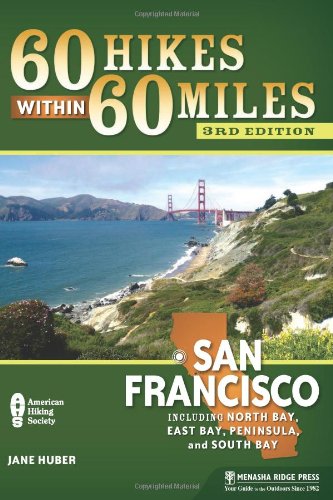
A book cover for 60 Hikes Within 60 Miles: San Francisco: Including North Bay, East Bay, Peninsula, and South Bay; Jane Huber; Health, Fitness & Dieting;